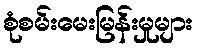
စုံစမ်းမေးမြန်းမှုများ